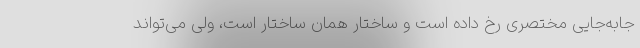
جابه‌جایی مختصری رخ داده است و ساختار همان ساختار است، ولی می‌تواند